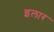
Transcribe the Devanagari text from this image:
इलार